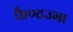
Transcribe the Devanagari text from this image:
फैण्टज्मा